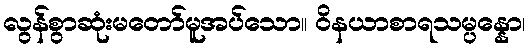
လွန်စွာဆုံးမတော်မူအပ်သော။ ဝိနယာစာရသမ္ပန္နော၊